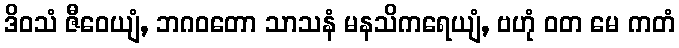
ဒိဝသံ ဇီဝေယျံ, ဘဂဝတော သာသနံ မနသိကရေယျံ, ဗဟုံ ဝတ မေ ကတံ